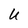
Character: U